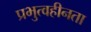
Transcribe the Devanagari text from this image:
प्रभुत्वहीनता